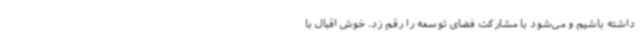
داشته باشیم و می‌شود با مشارکت فضای توسعه را رقم زد. خوش اقبال با